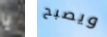
يا ويصبح